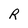
Character: R